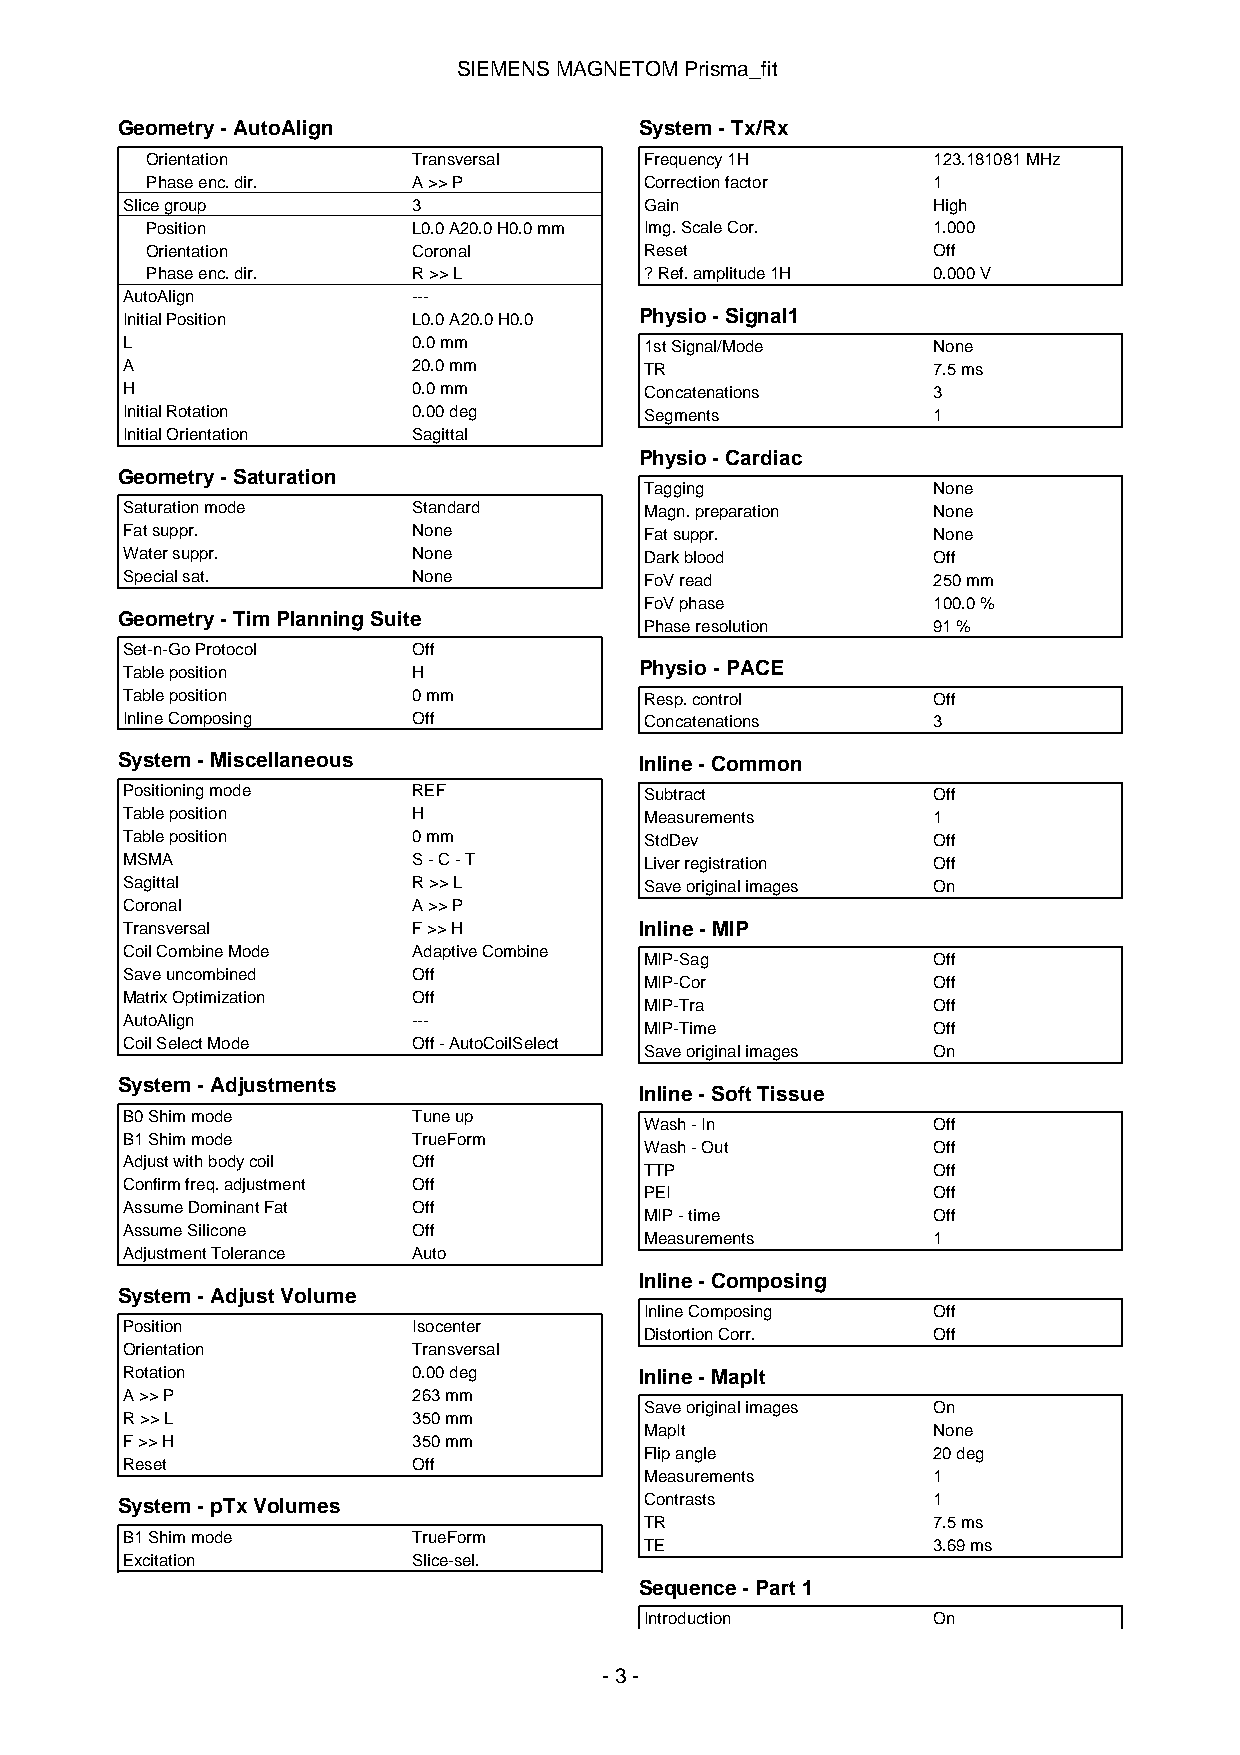
SIEMENSMAGNETOMPrisma_fit
 Geometry-AutoAlign                System-Tx/Rx
 Orientation      Transversal     Frequency1H        123.181081MHz
 Phaseenc.dir.    A>>P            Correctionfactor   1
 Slicegroup         3               Gain               High
 Position         L0.0A20.0H0.0mm Img.ScaleCor.      1.000
 Orientation      Coronal         Reset              Off
 Phaseenc.dir.    R>>L            ?Ref.amplitude1H   0.000V
 AutoAlign          ---
 InitialPosition    L0.0A20.0H0.0  Physio-Signal1
 L                  0.0mm           1stSignal/Mode     None
 A                  20.0mm          TR                 7.5ms
 H                  0.0mm           Concatenations     3
 InitialRotation    0.00deg         Segments           1
 InitialOrientation Sagittal
 Physio-Cardiac
 Geometry-Saturation
 Tagging            None
 Saturationmode     Standard        Magn.preparation   None
 Fatsuppr.          None            Fatsuppr.          None
 Watersuppr.        None            Darkblood          Off
 Specialsat.        None            FoVread            250mm
 FoVphase           100.0%
 Geometry-TimPlanningSuite
 Phaseresolution    91%
 Set-n-GoProtocol   Off
 Tableposition      H              Physio-PACE
 Tableposition      0mm             Resp.control       Off
 InlineComposing    Off             Concatenations     3
 System-Miscellaneous              Inline-Common
 Positioningmode    REF             Subtract           Off
 Tableposition      H               Measurements       1
 Tableposition      0mm             StdDev             Off
 MSMA               S-C-T           Liverregistration  Off
 Sagittal           R>>L            Saveoriginalimages On
 Coronal            A>>P
 Transversal        F>>H           Inline-MIP
 CoilCombineMode    AdaptiveCombine
 MIP-Sag            Off
 Saveuncombined     Off
 MIP-Cor            Off
 MatrixOptimization Off
 MIP-Tra            Off
 AutoAlign          ---
 MIP-Time           Off
 CoilSelectMode     Off-AutoCoilSelect
 Saveoriginalimages On
 System-Adjustments
 Inline-SoftTissue
 B0Shimmode         Tuneup
 Wash-In            Off
 B1Shimmode         TrueForm
 Wash-Out           Off
 Adjustwithbodycoil Off
 TTP                Off
 Confirmfreq.adjustment Off
 PEI                Off
 AssumeDominantFat  Off
 MIP-time           Off
 AssumeSilicone     Off
 Measurements       1
 AdjustmentTolerance Auto
 Inline-Composing
 System-AdjustVolume
 InlineComposing    Off
 Position           Isocenter
 DistortionCorr.    Off
 Orientation        Transversal
 Rotation           0.00deg        Inline-MapIt
 A>>P               263mm
 Saveoriginalimages On
 R>>L               350mm
 MapIt              None
 F>>H               350mm
 Flipangle          20deg
 Reset              Off
 Measurements       1
 System-pTxVolumes                  Contrasts          1
 TR                 7.5ms
 B1Shimmode         TrueForm
 TE                 3.69ms
 Excitation         Slice-sel.
 Sequence-Part1
 Introduction       On
 -3-